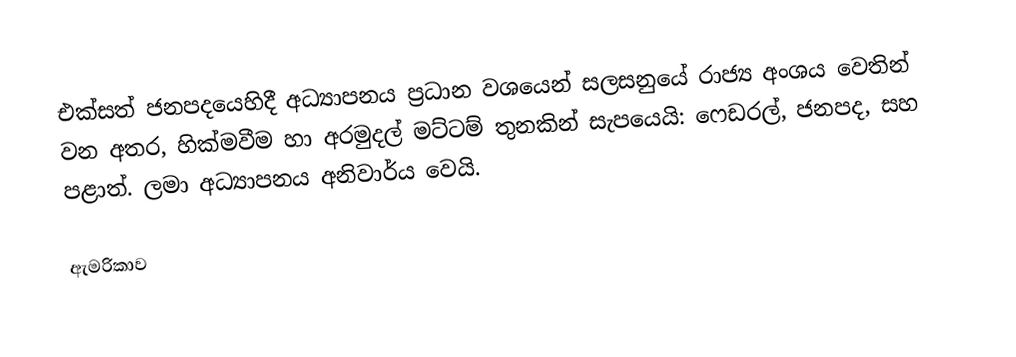
එක්සත් ජනපදයෙහිදී අධ්‍යාපනය ප්‍රධාන වශයෙන් සලසනුයේ රාජ්‍ය අංශය වෙතින් වන අතර, හික්මවීම හා අරමුදල් මට්ටම් තුනකින් සැපයෙයි: ෆෙඩරල්, ජනපද, සහ පළාත්. ලමා අධ්‍යාපනය අනිවාර්ය වෙයි.

ඇමරිකාව